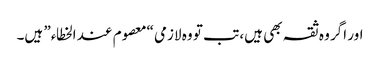
اور اگر وہ ثقہ بھی ہیں، تب تو وہ لازمی “معصوم عند الخطاء” ہیں۔